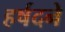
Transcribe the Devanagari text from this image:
हर्षदने